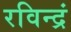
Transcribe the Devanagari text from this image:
रविन्द्रं